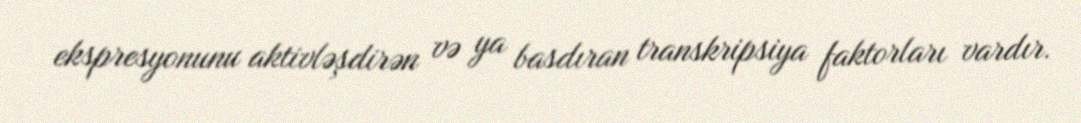
ekspresyonunu aktivləşdirən və ya basdıran transkripsiya faktorları vardır.